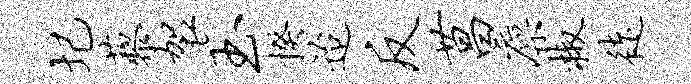
圮藜袈玉揆迨反菖廪椒徒